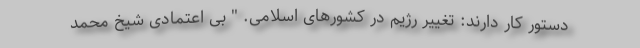
دستور کار دارند: تغییر رژیم در کشورهای اسلامی. " بی اعتمادی شیخ محمد